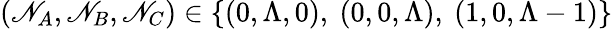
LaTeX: (\mathscr{N}_{A},\mathscr{N}_{B},\mathscr{N}_{C})\in\{ (0,\Lambda,0),~(0,0,\Lambda),~(1,0,\Lambda-1)\}